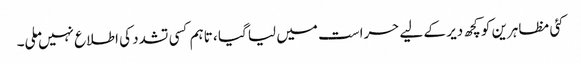
کئی مظاہرین کو کچھ دیر کے لیے حراست میں لیا گیا ، تاہم کسی تشدد کی اطلاع نہیں ملی۔